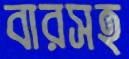
বারসহ